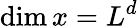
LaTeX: \mathrm{dim}\, x=L^{d}